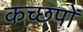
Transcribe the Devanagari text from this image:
कच्छपों